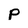
Character: P